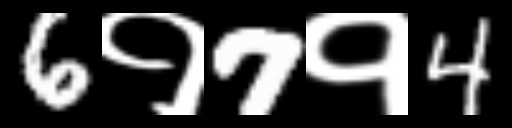
Text: 6१7१4